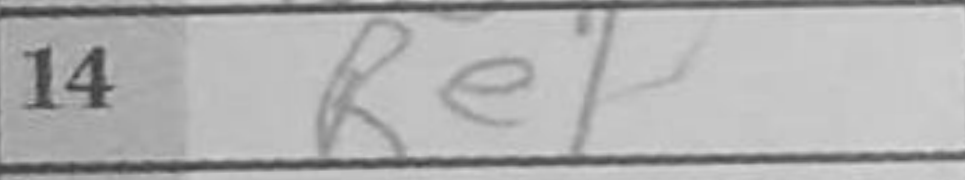
Transcription: Re1